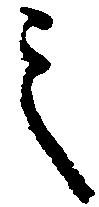
之